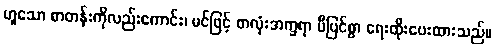
ဟူသော စာတန်းကိုလည်းကောင်း၊ မင်ဖြင့် စာလုံးအက္ခရာ ပီပြင်စွာ ရေးထိုးပေးထားသည်။